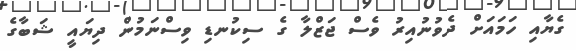
ގެޔާއި ހަމައަށް ދެވުނުއިރު ވެސް ޖަޒްލާ ގެ ސިކުނޑި ވިސްނަމުން ދިޔައީ ޝަބާގެ